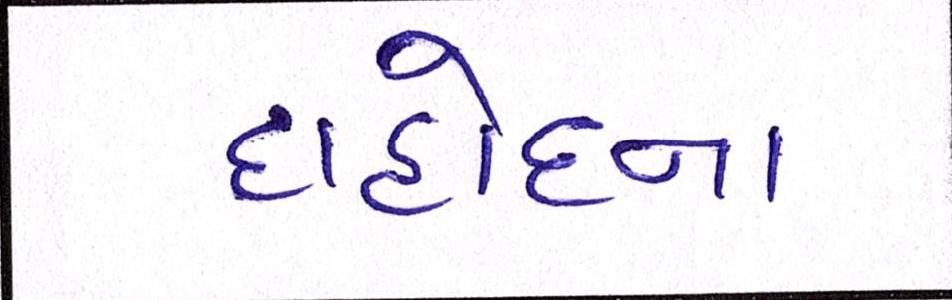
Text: દાહોદના